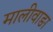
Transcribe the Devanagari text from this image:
मालीवाङा